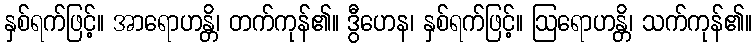
နှစ်ရက်ဖြင့်။ အာရောဟန္တိ၊ တက်ကုန်၏။ ဒွီဟေန၊ နှစ်ရက်ဖြင့်။ ဩရောဟန္တိ၊ သက်ကုန်၏။